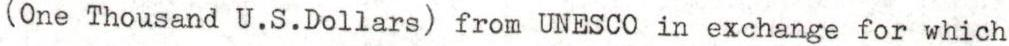
(One Thousand U.S.Dollars) from UNESCO in exchange for which